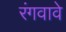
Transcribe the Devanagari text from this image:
रंगवावे